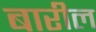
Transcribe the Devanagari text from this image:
बारील